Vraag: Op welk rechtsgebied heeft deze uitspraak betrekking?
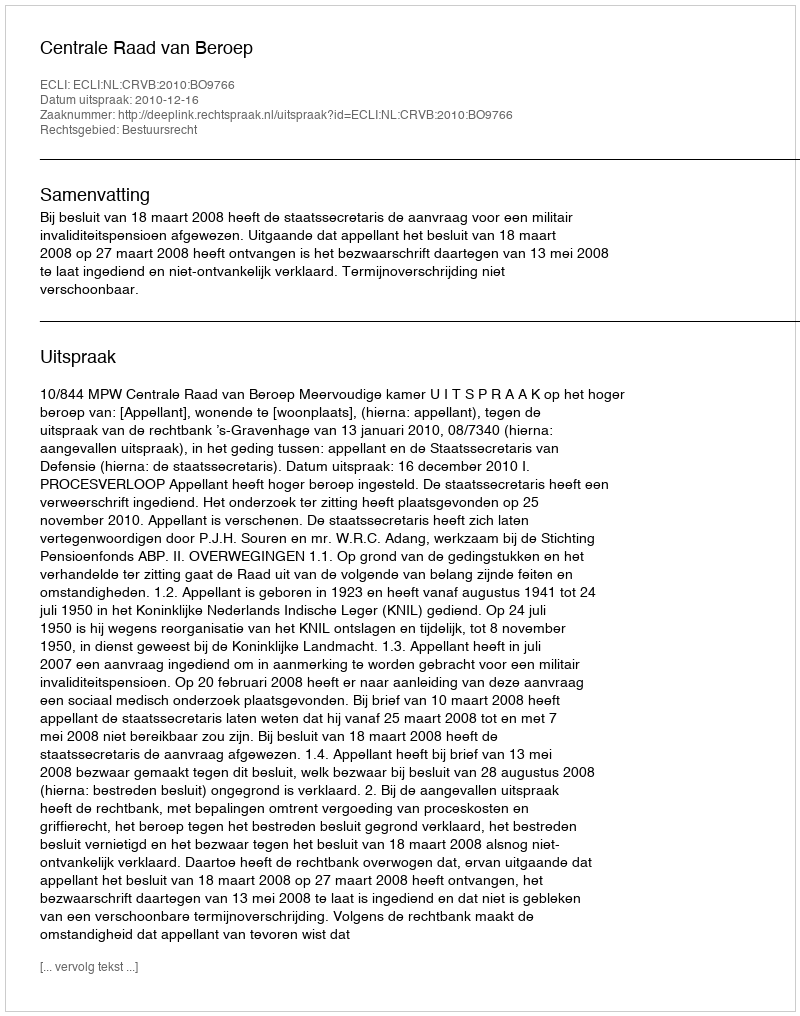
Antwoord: Bestuursrecht